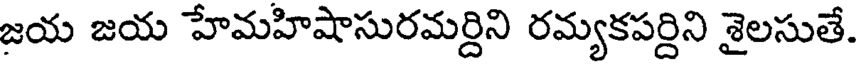
జయ జయ హేమహిషాసురమర్దిని రమ్యకపర్దిని శైలసుతే.